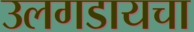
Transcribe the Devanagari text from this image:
उलगडायचा